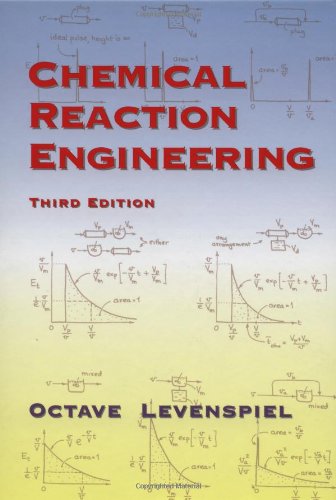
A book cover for Chemical Reaction Engineering, 3rd Edition; Octave Levenspiel; Engineering & Transportation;